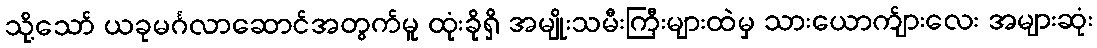
သို့သော် ယခုမင်္ဂလာဆောင်အတွက်မူ ထုံးခိုရှိ အမျိုးသမီးကြီးများထဲမှ သားယောက်ျားလေး အများဆုံး